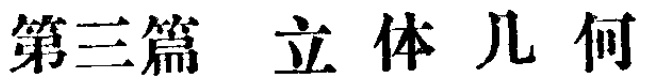
第三篇 立 体 几 何